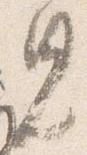
見